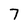
Character: 7